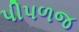
પીપળજ